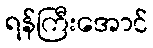
ရန်ကြီးအောင်